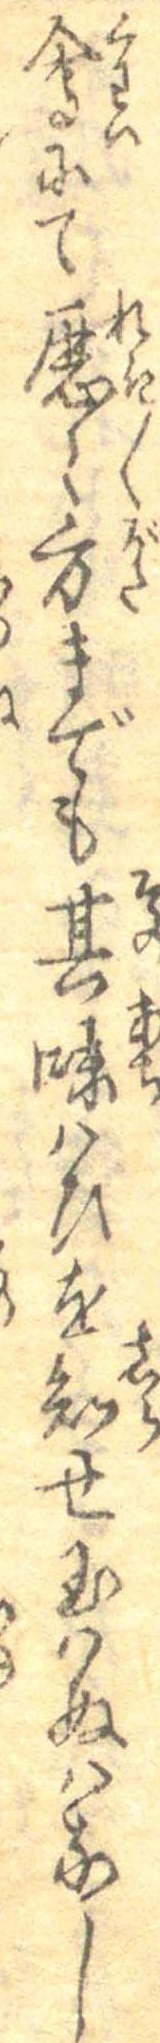
会にて歴々方までも其味はひを知せ玉はぬはなし